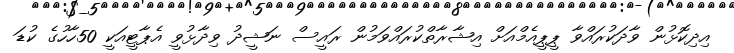
އިދިކޮޅުން ވާދަކުރައްވާ ޕީޕީއެމްއަށް އިޝާރާތްކުރައްވަމުން ރައީސް ނަޝީދު ވިދާޅުވީ އެޕާޓީއަކީ 50ހާހުގެ ކުޑަ